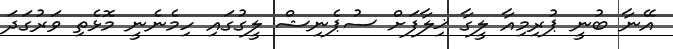
އޭނާ ބުނީ ޕުރިމިއާ ލީގާ ޚިލާފަށް ސުޕެނިޝް ލީގުގައި ހިމެނެނީ މޮޅެތި ވަރުގަދަ